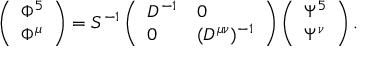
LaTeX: \left( \begin{array} { l } { { \Phi ^ { 5 } } } \\ { { \Phi ^ { \mu } } } \end{array} \right) = S ^ { - 1 } \left( \begin{array} { l l } { { D ^ { - 1 } } } & { { 0 } } \\ { { 0 } } & { { ( D ^ { \mu \nu } ) ^ { - 1 } } } \end{array} \right) \left( \begin{array} { l } { { \Psi ^ { 5 } } } \\ { { \Psi ^ { \nu } } } \end{array} \right) .